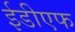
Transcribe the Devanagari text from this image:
ईडीएफ